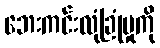
ဘေးကင်းလုံခြုံမှုကို